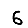
Digit: 6